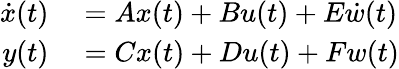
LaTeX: \begin{array}{rl}{\dot{x}(t)}&{{}=Ax(t)+Bu(t)+E\dot{w}(t)}\\ {y(t)}&{{}=Cx(t)+Du(t)+Fw(t)}\end{array}